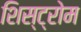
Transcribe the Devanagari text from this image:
शिस्ट्रोम